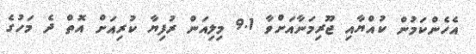
އެހެންކަމުން ކުއްޔާއި ޖޫރިމަނާއަށްވާ 9.1 މިލިއަން ރުފިޔާ ކުރިއަށް އޮތް ދެ މަހުގެ